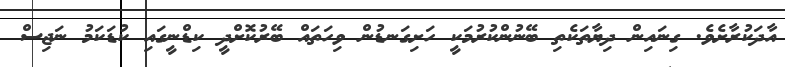
އާދަކުރާށެވެ. ގިނައިން ދިޔާތަކެތި ބޭނުންކުރުމަކީ ހަށިގަނޑުން ވިހަތައް ބޭރުކޮށްދީ ކިޑްނީގައި ކުޑަކަމު ނަޖިސް